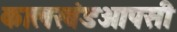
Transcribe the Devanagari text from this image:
कालखंडआपसी